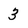
Character: 3